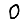
Digit: 0